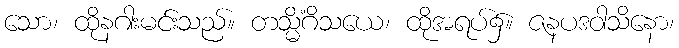
သော၊ ထိုနဂါးမင်းသည်။ တသ္မိံဂိသယေ၊ ထိုအရပ်၌။ ဇနပဒဝါသိနော၊